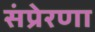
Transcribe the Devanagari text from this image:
संप्रेरणा